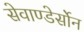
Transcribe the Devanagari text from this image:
सेवाण्डेर्सोन